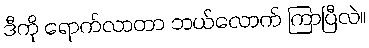
ဒီကို ရောက်လာတာ ဘယ်လောက် ကြာပြီလဲ။